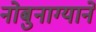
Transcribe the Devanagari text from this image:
नोबुनाग्याने